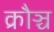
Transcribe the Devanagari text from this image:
क्रौञ्च